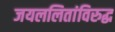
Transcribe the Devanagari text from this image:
जयललितांविरुद्ध